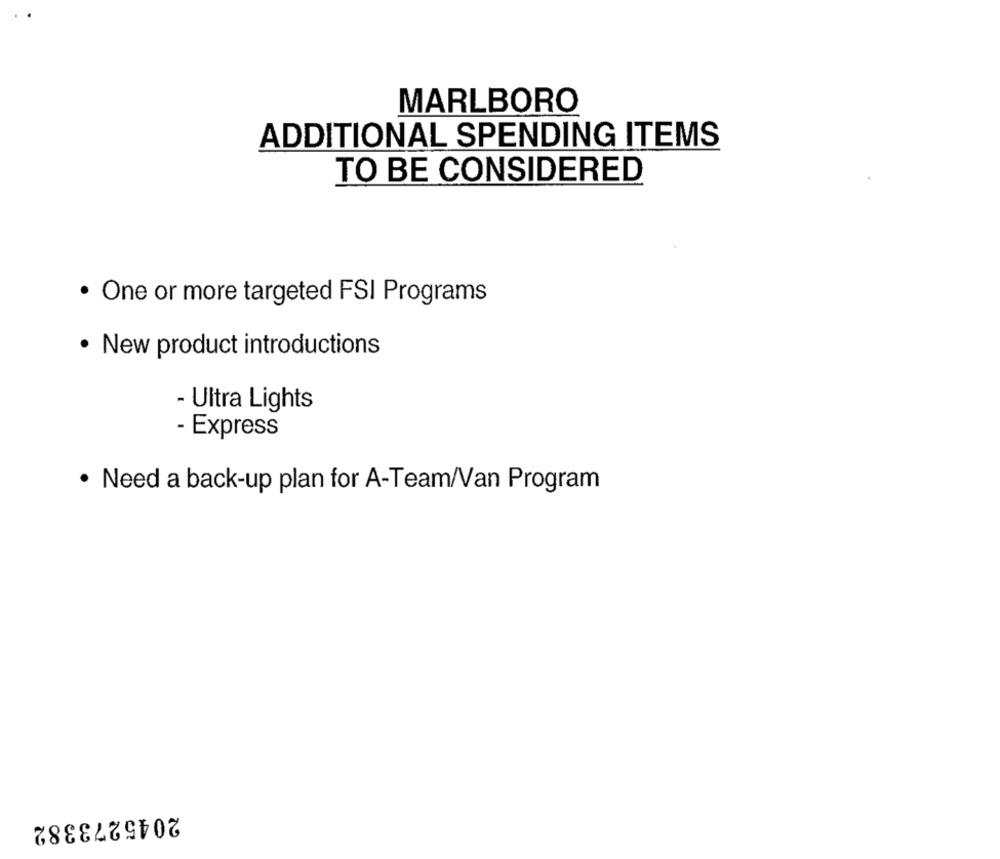
MARLBORO
ADDITIONAL SPENDING ITEMS
TO BE CONSIDERED
One or more targeted FSI Programs
New product introductions
- Ultra Lights
- Express
· Need a back-up plan for A-Team/Van Program
2045273382